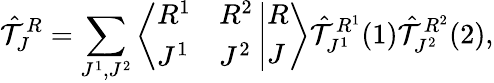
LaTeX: {\hat{\cal T}}_{J}^{R}=\sum_{J^{1},J^{2}}\left\langle\begin{array}{ll}{{R^{1}}}&{{R^{2}}}\\ {{J^{1}}}&{{J^{2}}}\end{array}\right.\left|\begin{array}{l}{{R}}\\ {{J}}\end{array}\right\rangle{\hat{\cal T}}_{J^{1}}^{R^{1}}(1){\hat{\cal T}}_{J^{2}}^{R^{2}}(2),